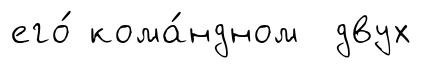
его́ кома́ндном двух